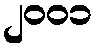
၂၀၀၁